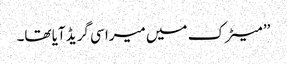
’’ میٹرک میں میرا سی گریڈ آیا تھا۔